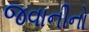
જવાનીનો